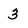
Character: 3